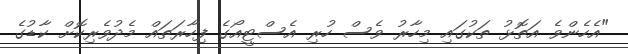
"އެހެންވެ އަތޮޅު ތަކުގައި މިހާރު ވެސް ހުރި އެސްޓީއޯގެ ފިހާރަތައް މެދުވެރިކޮށް ކާޑުގެ